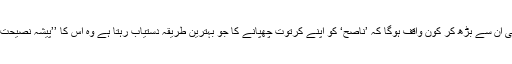
یوں بھی ان سے بڑھ کر کون واقف ہوگا کہ ’ناصح‘ کو اپنے کرتوت چھپانے کا جو بہترین طریقہ دستیاب رہتا ہے وہ اس کا ’’پیشۂ نصیحت‘‘ ہے!